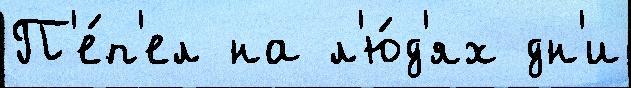
П'е́п'ел на л'ю́д'ях дн'и